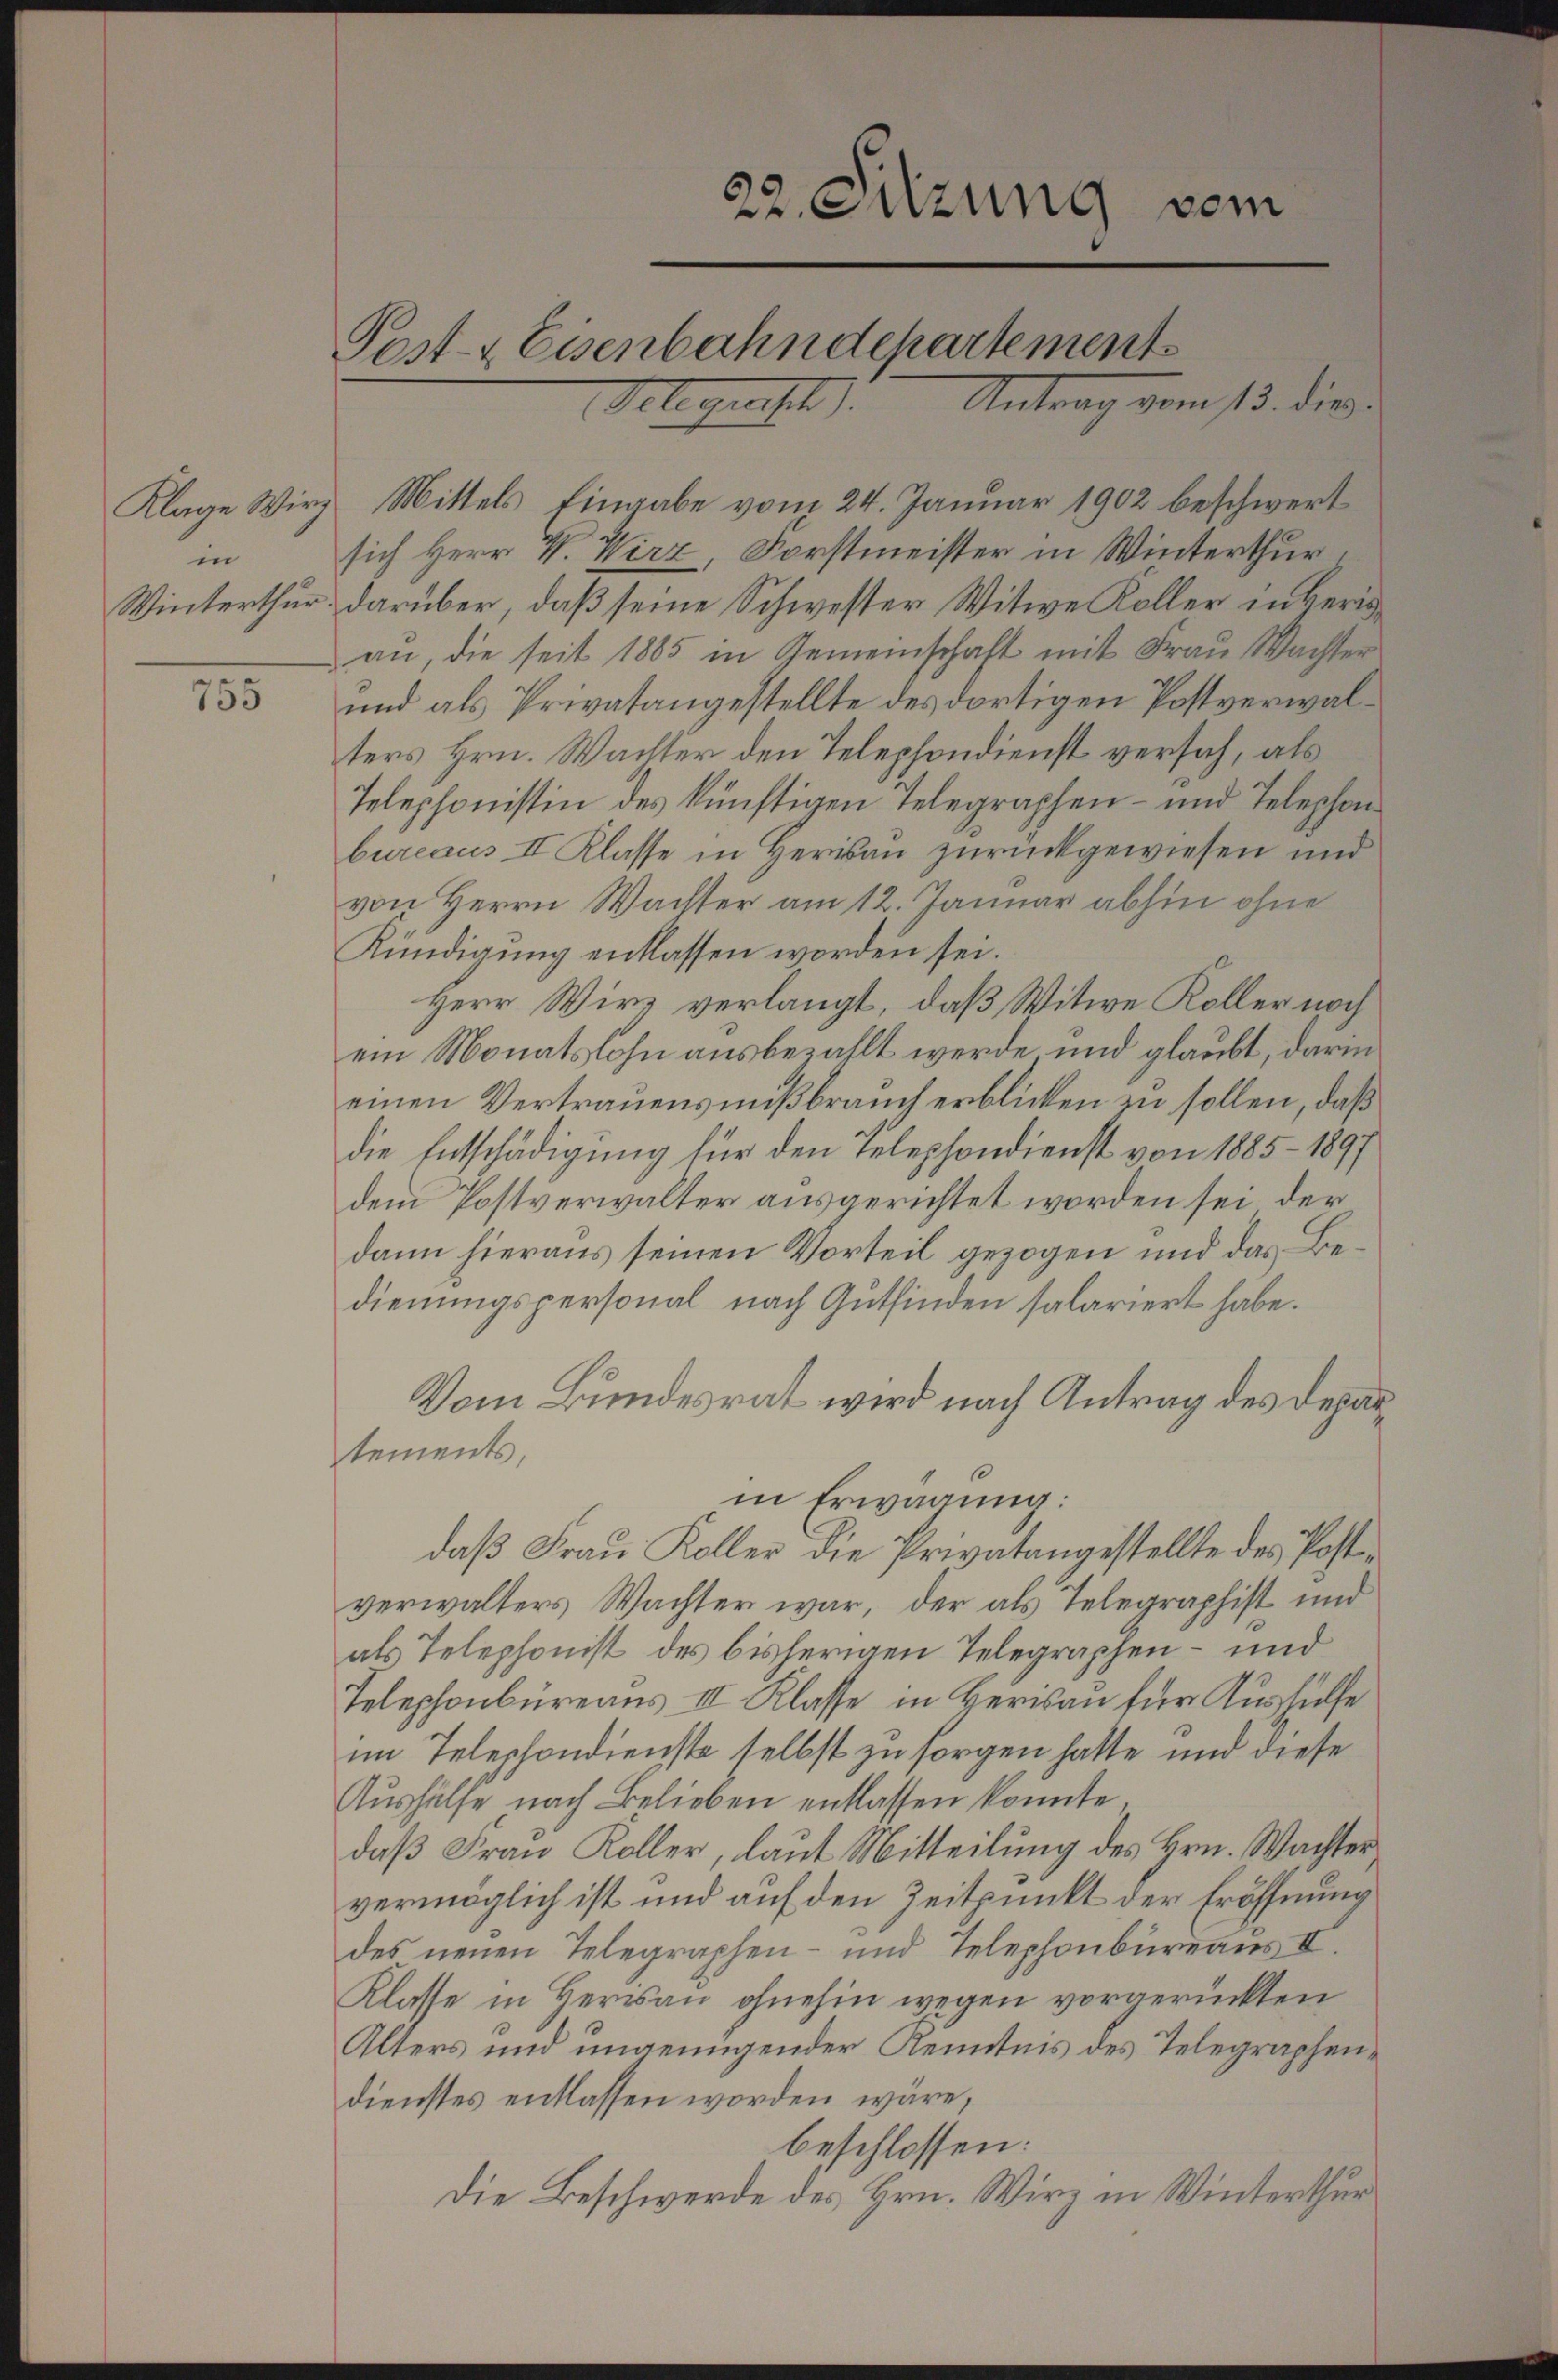
755

Klage Wirz
in

22. Sitzung vom

Delegrecht). Antrag vom 13. dies

Post- & Eisenbahndepartements

Mittels Eingabe vom 24. Januar 1902 beschwert
sich Herr V. Wirz Forstmeister in Winterthur.
Winterthur darüber, daß seine Schwester Witwe Koller in Herinan, die seit 1885 in Gemeinschaft mit Frau Wachter
und als Privatangestellte des dortigen Postverwalters Hrn. Wachter den Telephondienst versah, als
Telephonistin des künftigen Telegraphen- und Telephon
bureaus II Klasse in Herisau zurückgewiesen und
von Herrn Wachter am 12. Januar abhin ohne
Kündigung entlassen worden sei.
Herr Wirz verlangt, daß Witwe Koller noch
ein Monatslohn ausbezahlt werde und glaubt, darin
einen Vertrauensmißbrauch erblicken zu sollen, daß
die Entschädigung für den Telephondienst von 1885 - 1897
dem Postverwalter ausgerichtet worden sei, der
dann hieraus seinen Vorteil gezogen und das Bedienungspersonal nach Gutfinden salariert habe.
Vom Bundesrat wird nach Antrag des Departements,
in Erwägung:
daß Frau Koller die Privatangestellte des Postverwalters Wachter war, der als Telegraphist und
als Telephonist des bisherigen Telegraphen- und
Telephonbüreaus III Klasse in Herisau für Aushülfe
im Telephondienste selbst zu sorgen hatte, und diese
Aushülfe nach Belieben entlassen konnte.
daß Frau Koller, laut Mitteilung des Hrn. Wachtervermöglich ist und auf den Zeitpunkt der Eröffnung
des neuen Telegraphen- und Telephonbureaus II.
Klasse in Herrsau ohnehin wegen vorgerückten
Alters und ungenügender Kenntnis des Telegraphendienstes entlassen worden wäre,
beschlossen:
Die Beschwerde des Hrn. Wirz in Winterthur